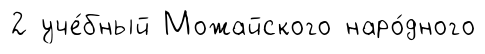
2 уче́бный Можайского наро́дного